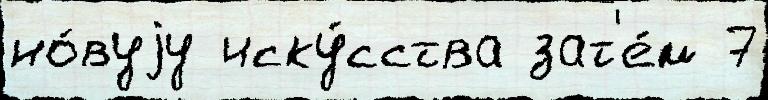
но́вуjу иску́сства зат'е́м 7